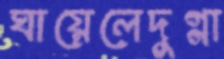
ঘায়েলেদুগ্গা